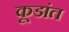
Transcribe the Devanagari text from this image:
कूडांत